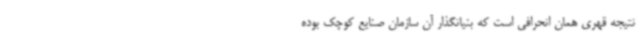
نتیجه قهری همان انحرافی است که بنیانگذار آن سازمان صنایع کوچک بوده